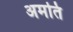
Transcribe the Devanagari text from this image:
अमति